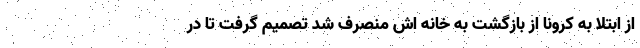
از ابتلا به کرونا از بازگشت به خانه اش منصرف شد تصمیم گرفت تا در